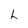
Character: h